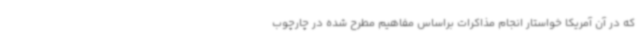
که در آن آمریکا خواستار انجام مذاکرات براساس مفاهیم مطرح شده در چارچوب